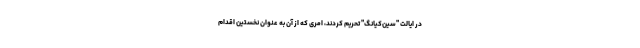
در ایالت "سین‌کیانگ" تحریم کردند، امری که از آن به عنوان نخستین اقدام